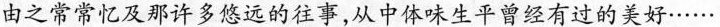
由之常常忆及那许多悠远的往事，从中体味生平曾经有过的美好……